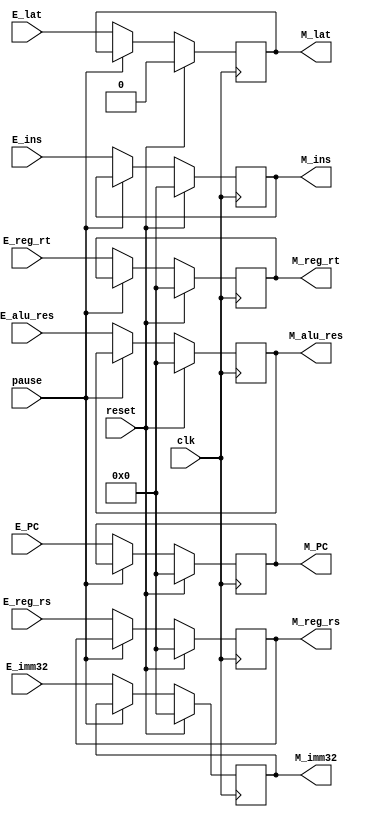
module EX2MEM (
    input reset, clk, pause,
    input [31:0] E_ins, E_PC, E_alu_res, E_reg_rs, E_reg_rt, E_imm32,
    input E_lat,
    output reg [31:0] M_ins, M_PC, M_alu_res, M_reg_rs, M_reg_rt, M_imm32,
    output reg M_lat
);
    initial begin
        M_ins = 0;
        M_PC = 0;
        M_alu_res = 0;
        M_reg_rs = 0;
        M_reg_rt = 0;
        M_lat = 0;
        M_imm32 = 0;
    end

    always @(posedge clk) begin
        if (reset) begin
            M_ins = 0;
            M_PC = 0;
            M_alu_res = 0;
            M_reg_rs = 0;
            M_reg_rt = 0;
            M_lat = 0;
            M_imm32 = 0;
        end
        else if(!pause) begin
            M_ins <= E_ins;
            M_PC <= E_PC;
            M_alu_res <= E_alu_res;
            M_reg_rs <= E_reg_rs;
            M_reg_rt <= E_reg_rt;
            M_lat <= E_lat;
            M_imm32 <= E_imm32;
        end
    end

endmodule